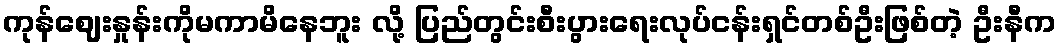
ကုန်ဈေးနှုန်းကိုမကာမိနေဘူး လို့ ပြည်တွင်းစီးပွားရေးလုပ်ငန်းရှင်တစ်ဦးဖြစ်တဲ့ ဦးနီက